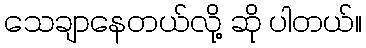
သေချာနေတယ်လို့ ဆို ပါတယ်။